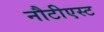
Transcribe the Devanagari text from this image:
नौटीएस्ट